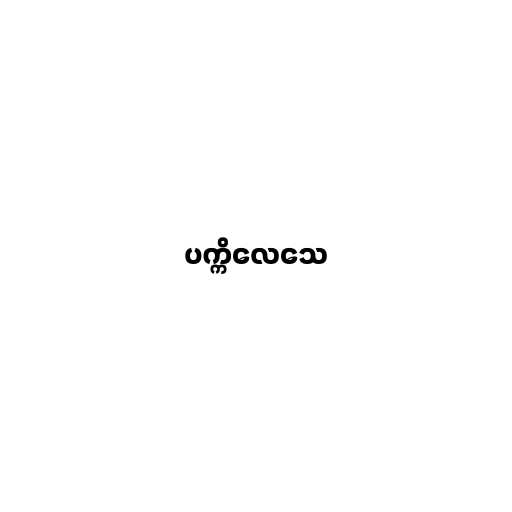
ပက္ကိလေသေ